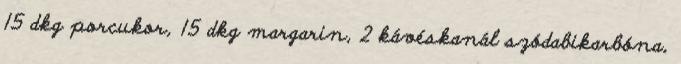
15 dkg porcukor, 15 dkg margarin, 2 kávéskanál szódabikarbóna,